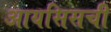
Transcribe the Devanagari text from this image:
आयसिसची